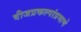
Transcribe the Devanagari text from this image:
वीजप्रकल्पांप्रमाणे